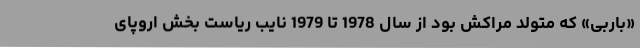
«باربی» که متولد مراکش بود از سال 1978 تا 1979 نایب ریاست بخش اروپای